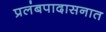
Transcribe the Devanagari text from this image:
प्रलंबपादासनात